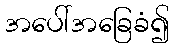
အပေါ်အခြေခံ၍